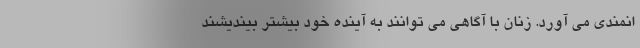
انمندی می آورد. زنان با آگاهی می توانند به آینده خود بیشتر بیندیشند